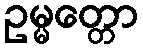
ဥမ္မတ္တော